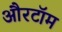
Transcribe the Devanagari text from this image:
औरटॉम